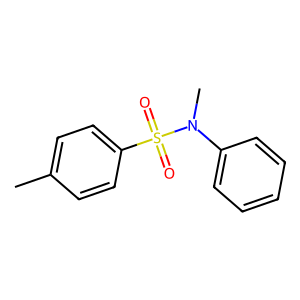
SMILES: Cc1ccc(S(=O)(=O)N(C)c2ccccc2)cc1
Inhibits HIV replication: No